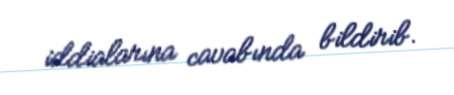
iddialarına cavabında bildirib.